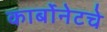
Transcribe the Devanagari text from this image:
कार्बोनेटचे